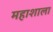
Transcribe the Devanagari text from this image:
महाशाला